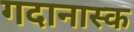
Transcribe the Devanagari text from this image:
गदानास्क